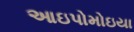
આઇપોમોઇયા